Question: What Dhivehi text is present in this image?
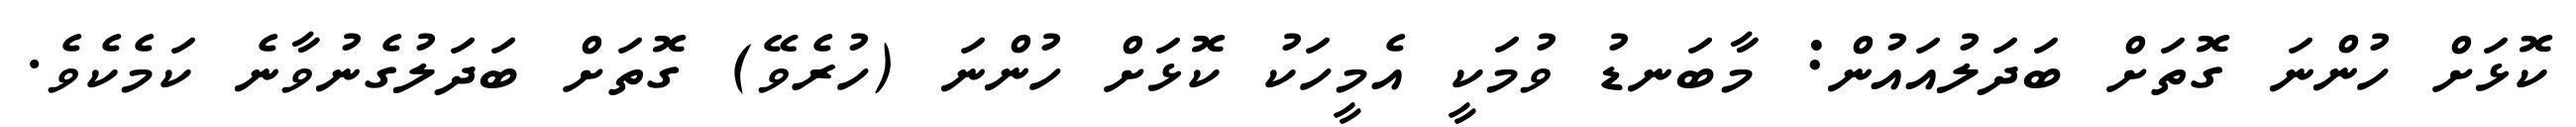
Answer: ކޮޅަށް ހުންނަ ގޮތަށް ބަދަލުއައުން: މާބަނޑު ވުމަކީ އެމީހަކު ކޮޅަށް ހުންނަ (ހުރެވޭ) ގޮތަށް ބަދަލުގެނުވާނެ ކަމެކެވެ.